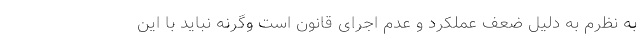
به نظرم به دلیل ضعف عملکرد و عدم اجرای قانون است وگرنه نباید با این